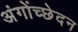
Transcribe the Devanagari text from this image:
अंगोंच्छेदन